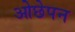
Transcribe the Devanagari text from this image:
ओछेपन